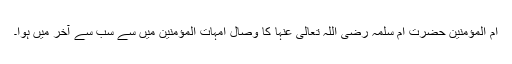
ام المؤمنین حضرتِ ام سلمہ رضی اللہ تعالیٰ عنہا کا وصال امہات المؤمنین میں سے سب سے آخر میں ہوا۔